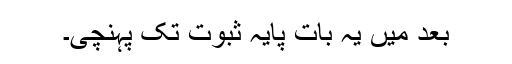
بعد میں یہ بات پایہ ثبوت تک پہنچی۔